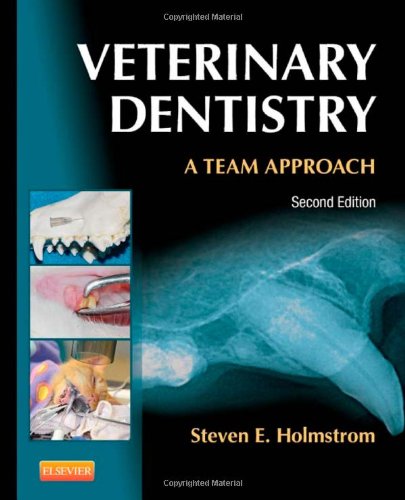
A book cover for Veterinary Dentistry: A Team Approach, 2e; Steven E. Holmstrom DVM; Medical Books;